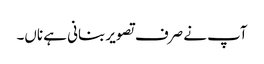
آپ نے صرف تصویر بنانی ہے ناں۔